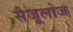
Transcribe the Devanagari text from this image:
सैजूलोज